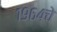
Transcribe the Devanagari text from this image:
१९६४चे